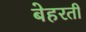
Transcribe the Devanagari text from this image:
बेहरती